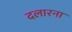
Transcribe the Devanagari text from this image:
दलारना